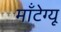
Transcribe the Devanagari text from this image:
मॉंटेग्यू